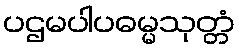
ပဌမပါပဓမ္မသုတ္တံ